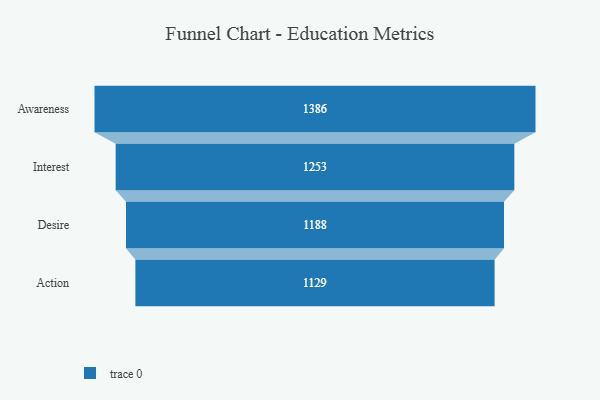
{"axis": {"x": "Stage", "y": "Value"}, "legend": [""], "data": [{"x": "Awareness", "y": 1386.0, "type": ""}, {"x": "Interest", "y": 1253.0, "type": ""}, {"x": "Desire", "y": 1188.0, "type": ""}, {"x": "Action", "y": 1129.0, "type": ""}]}